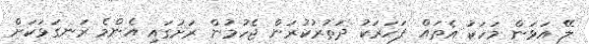
ލޭ އަޅަން މަހަކު އެތައް ފަހަރަކު ދަތުރުކުރަން ޖެހުމުން ރަށުގައި އެންމެ ރަނގަޅަކަށް